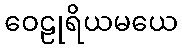
ဝေဠုရိယမယေ